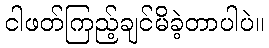
ငါဖတ်ကြည့်ချင်မိခဲ့တာပါပဲ။